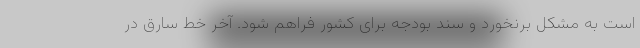
است به مشکل برنخورد و سند بودجه برای کشور فراهم شود. آخر خط سارق در